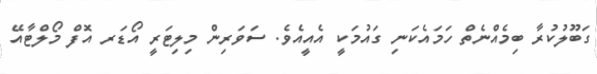
ގަބޫލުކުރާ ބިމެއްނެތް ހަމައެކަނި ގައުމަކީ އެއީއެވެ. ސަވަރިން މިލިޓަރީ އޯޑަރ އޮފް މޯލްޓާއޭ